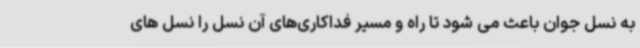
به نسل جوان باعث می شود تا راه و مسیر فداکاری‌های آن نسل را نسل های